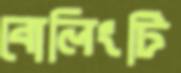
বোলিংটি